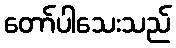
တော်ပါသေးသည်